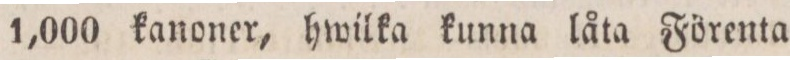
1,000 kanoner, hwilka kunna låta Förenta